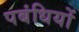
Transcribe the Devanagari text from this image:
पबंधियों